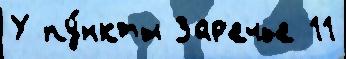
У пу́нкты Зар'ечье 11